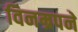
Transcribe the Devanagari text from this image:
विनम्रपने